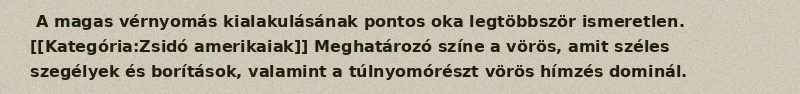
A magas vérnyomás kialakulásának pontos oka legtöbbször ismeretlen. [[Kategória:Zsidó amerikaiak]] Meghatározó színe a vörös, amit széles szegélyek és borítások, valamint a túlnyomórészt vörös hímzés dominál.